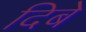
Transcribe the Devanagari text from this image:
दिबे